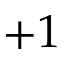
+ 1